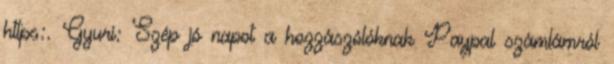
https:. Gyuri: Szép jó napot a hozzászólóknak Paypal számlámról